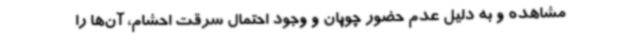
مشاهده و به دلیل عدم حضور چوپان و وجود احتمال سرقت احشام، آن‌ها را